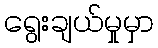
ရွေးချယ်မှုမှာ